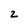
Character: 2